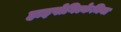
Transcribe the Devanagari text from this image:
हाइपोगिल्केमिया